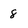
Character: 8